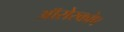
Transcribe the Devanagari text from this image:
ऑरोस्कोप